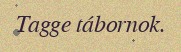
Tagge tábornok.